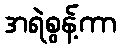
အရဲစွန့်ကာ